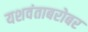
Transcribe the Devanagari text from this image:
यशवंताबरोबर